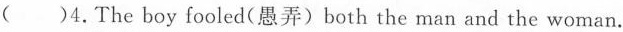
( )4.The boy fooled (愚弄) both the man and the woman.